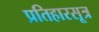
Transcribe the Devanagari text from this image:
प्रतिहारसूत्र